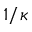
1 / \kappa